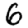
Digit: 6